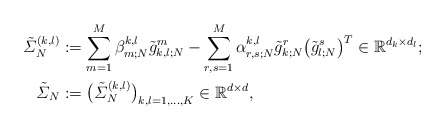
\begin{align*}\tilde{\varSigma}^{(k,l)}_N &:= \sum_{m=1}^M \beta_{m;N}^{k,l}\tilde{g}_{k,l;N}^m - \sum_{r,s=1}^M\alpha_{r,s;N}^{k,l} \tilde{g}_{k;N}^r\bigl(\tilde{g}_{l;N}^s\bigr)^T \in\mathbb{R}^{d_k \times d_l} ;\\\tilde{\varSigma}_N &:= \bigl(\tilde{\varSigma}_N^{(k,l)}\bigr)_{k,l=1,\dots,K} \in \mathbb{R}^{d \times d},\end{align*}